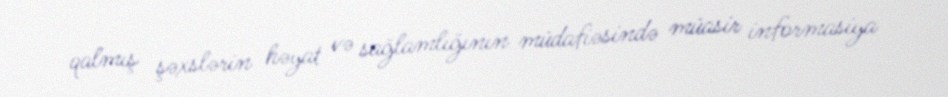
qalmış şəxslərin həyat və sağlamlığının müdafiəsində müasir informasiya